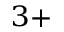
^ { 3 + }